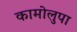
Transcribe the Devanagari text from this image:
कामोलुपा